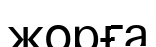
жорға